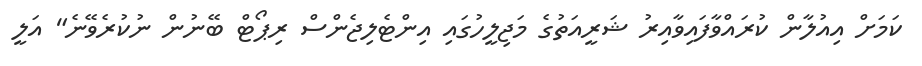
ކަމަށް އިއުލާން ކުރައްވާފައިވާއިރު ޝަރީއަތުގެ މަޖިިލީހުގައި އިންޓެލިޖެންސް ރިޕޯޓް ބޭނުން ނުކުރެވޭނެ" އަލީ